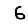
Digit: 6